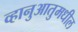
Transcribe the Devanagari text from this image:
व्हानुआतुमधील